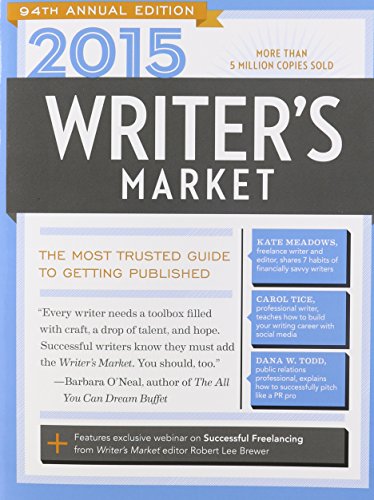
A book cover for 2015 Writer's Market: The Most Trusted Guide to Getting Published; Reference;